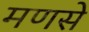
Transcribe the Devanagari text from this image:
मणसे